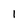
Character: 1